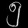
Digit: ၅